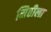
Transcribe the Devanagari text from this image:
मिठीला